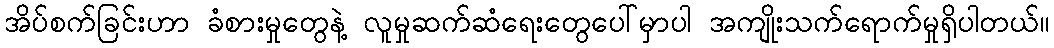
အိပ်စက်ခြင်းဟာ ခံစားမှုတွေနဲ့ လူမှုဆက်ဆံရေးတွေပေါ်မှာပါ အကျိုးသက်ရောက်မှုရှိပါတယ်။